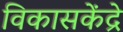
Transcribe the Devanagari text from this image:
विकासकेंद्रे